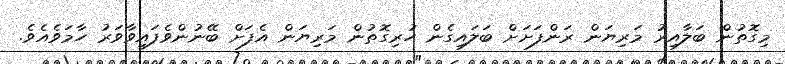
މިގޮތުން ބަލާއިރު މަރިޔަން ރަންފަށަށް ބަލައިގެން ހުރިގޮތުން މަރިޔަން އެފަށް ބޭނުންވެފައިވާވަރު ހާމަވެއެވެ.